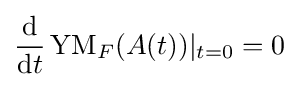
{\frac {\mathrm {d} }{\mathrm {d} t}}\operatorname {YM} _{F}(A(t))\vert _{t=0}=0